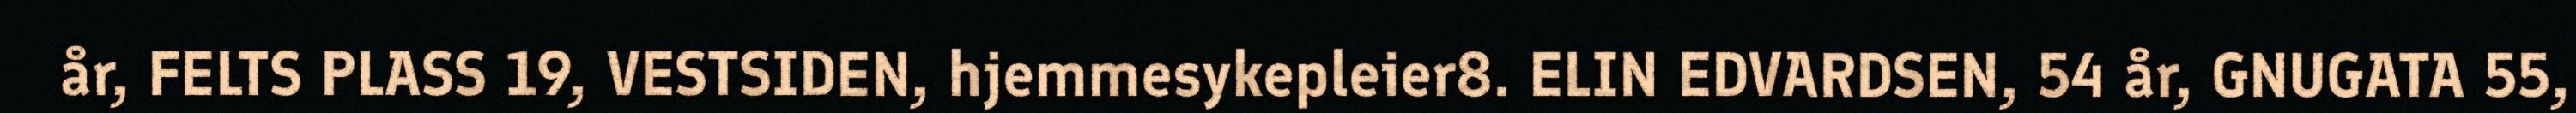
år, FELTS PLASS 19, VESTSIDEN, hjemmesykepleier8. ELIN EDVARDSEN, 54 år, GNUGATA 55,